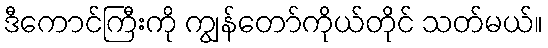
ဒီကောင်ကြီးကို ကျွန်တော်ကိုယ်တိုင် သတ်မယ်။